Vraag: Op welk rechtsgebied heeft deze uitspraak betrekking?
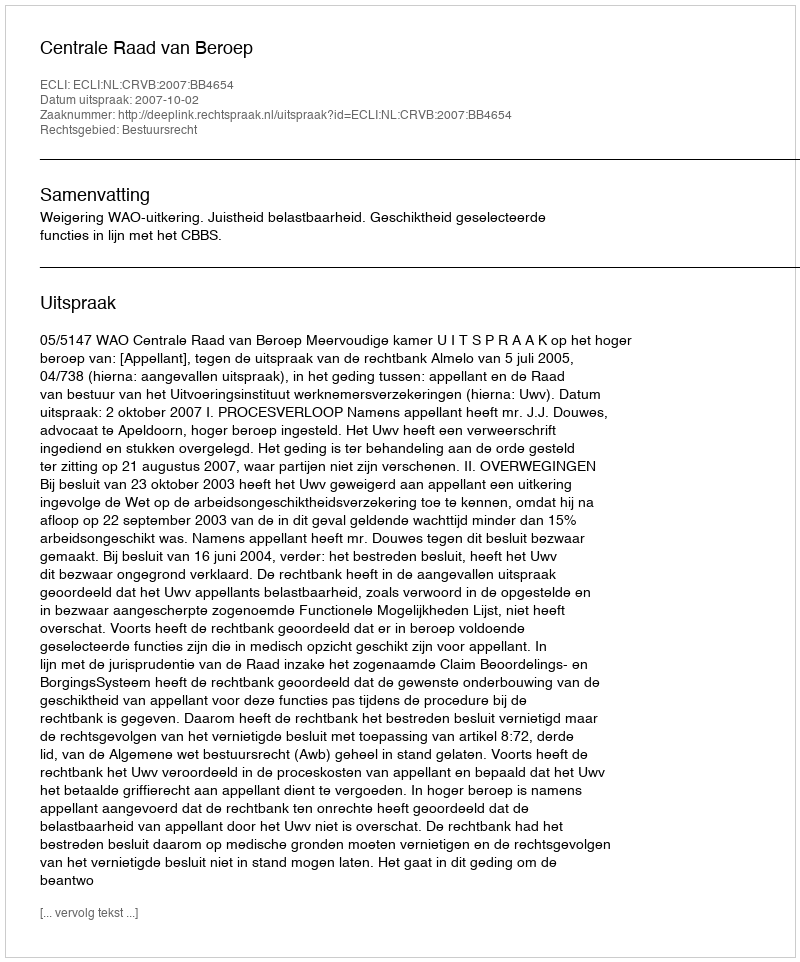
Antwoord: Bestuursrecht